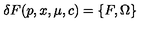
\delta F ( p , x , \mu , c ) = \{ F , \Omega \}